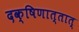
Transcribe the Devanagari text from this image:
दक्षिणात्तात्